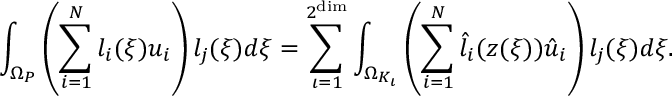
\int _ { \Omega _ { P } } \left( \sum _ { i = 1 } ^ { N } l _ { i } ( \boldsymbol { \xi } ) u _ { i } \right) l _ { j } ( \boldsymbol { \xi } ) d \boldsymbol { \xi } = \sum _ { \iota = 1 } ^ { 2 ^ { \dim } } \int _ { \Omega _ { K _ { \iota } } } \left( \sum _ { i = 1 } ^ { N } \hat { l } _ { i } ( \boldsymbol { z } ( \boldsymbol { \xi } ) ) \hat { u } _ { i } \right) l _ { j } ( \boldsymbol { \xi } ) d \boldsymbol { \xi } .